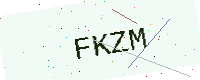
Text: FKZM